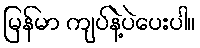
မြန်မာ ကျပ်နဲ့ပဲပေးပါ။